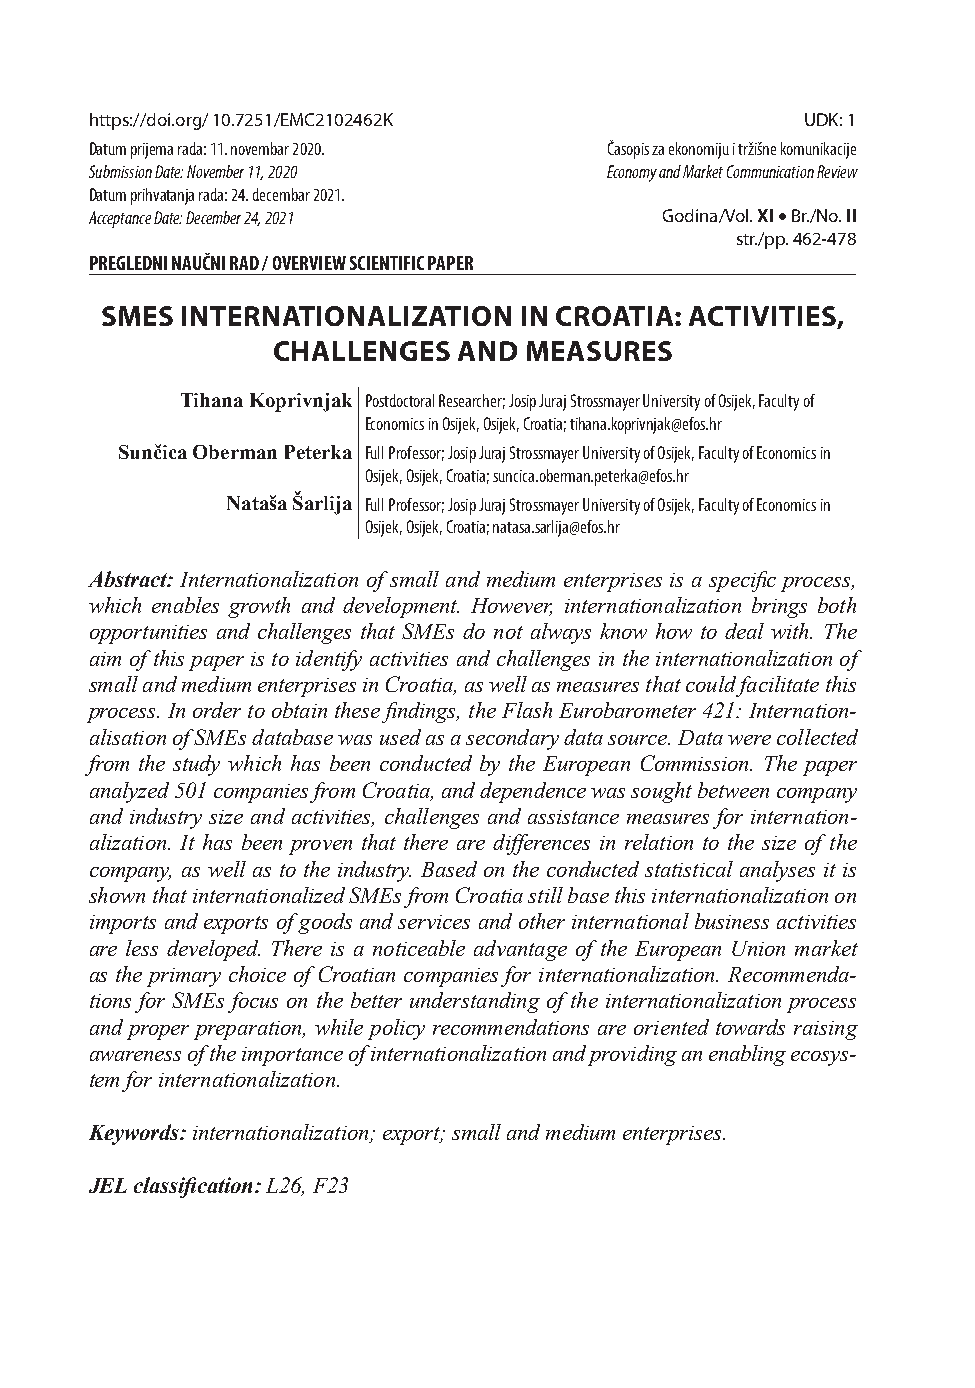
https://doi.org/ 10.7251/EMC2102462K           UDK: 1
 Datum prijema rada: 11. novembar 2020. Časopis za ekonomiju i tržišne komunikacije
 Submission Date: November 11, 2020 Economy and Market Communication Review
 Datum prihvatanja rada: 24. decembar 2021.
 Acceptance Date: December 24, 2021    Godina/Vol. XI  Br./No. II
 str./pp. 462-478
 PREGLEDNI NAUČNI RAD / OVERVIEW SCIENTIFIC PAPER
 SMES INTERNATIONALIZATION  IN CROATIA: ACTIVITIES,
 CHALLENGES  AND  MEASURES
 Tihana Koprivnjak Postdoctoral Researcher; Josip Juraj Strossmayer University of Osijek, Faculty of
 Economics in Osijek, Osijek, Croatia; tihana.koprivnjak@efos.hr
 Sunčica Oberman Peterka Full Professor; Josip Juraj Strossmayer University of Osijek, Faculty of Economics in
 Osijek, Osijek, Croatia; suncica.oberman.peterka@efos.hr
 Nataša Šarlija Full Professor; Josip Juraj Strossmayer University of Osijek, Faculty of Economics in
 Osijek, Osijek, Croatia; natasa.sarlija@efos.hr
 Abstract: Internationalization of small and medium enterprises is a specifi c process,
 which enables growth and development. However, internationalization brings both
 opportunities and challenges that SMEs do not always know how to deal with. The
 aim of this paper is to identify activities and challenges in the internationalization of
 small and medium enterprises in Croatia, as well as measures that could facilitate this
 process. In order to obtain these fi ndings, the Flash Eurobarometer 421: Internation-
 alisation of SMEs database was used as a secondary data source. Data were collected
 from the study which has been conducted by the European Commission. The paper
 analyzed 501 companies from Croatia, and dependence was sought between company
 and industry size and activities, challenges and assistance measures for internation-
 alization. It has been proven that there are diff erences in relation to the size of the
 company, as well as to the industry. Based on the conducted statistical analyses it is
 shown that internationalized SMEs from Croatia still base this internationalization on
 imports and exports of goods and services and other international business activities
 are less developed. There is a noticeable advantage of the European Union market
 as the primary choice of Croatian companies for internationalization. Recommenda-
 tions for SMEs focus on the better understanding of the internationalization process
 and proper preparation, while policy recommendations are oriented towards raising
 awareness of the importance of internationalization and providing an enabling ecosys-
 tem for internationalization.
 Keywords: internationalization; export; small and medium enterprises.
 JEL classifi cation: L26, F23